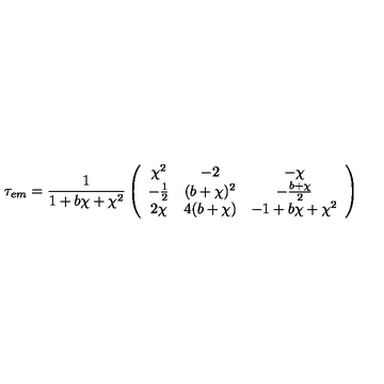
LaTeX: \tau _ { e m } = \frac { 1 } { 1 + b \chi + \chi ^ { 2 } } \left( \begin{array} { c c c } { \chi ^ { 2 } } & { - 2 } & { - \chi } \\ { - \frac { 1 } { 2 } } & { ( b + \chi ) ^ { 2 } } & { - \frac { b + \chi } { 2 } } \\ { 2 \chi } & { 4 ( b + \chi ) } & { - 1 + b \chi + \chi ^ { 2 } } \\ \end{array} \right)